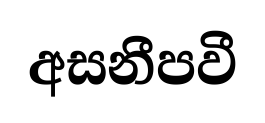
අසනීපවී